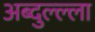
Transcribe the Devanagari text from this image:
अब्दुल्ल्ला